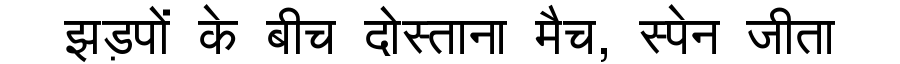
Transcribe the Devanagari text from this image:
झड़पों के बीच दोस्ताना मैच, स्पेन जीता